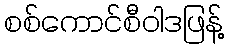
စစ်ကောင်စီဝါဒဖြန့်